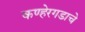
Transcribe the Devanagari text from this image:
कण्हेरगडाचे